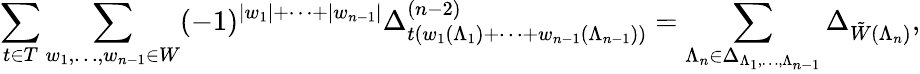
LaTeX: \sum_{t\in T}\sum_{w_{1},\ldots,w_{n-1}\in W}(-1)^{|w_{1}|+\cdots+|w_{n-1}|}\Delta_{t(w_{1}(\Lambda_{1})+\cdots+w_{n-1}(\Lambda_{n-1}))}^{(n-2)}=\sum_{\Lambda_{n}\in\Delta_{\Lambda_{1},\ldots,\Lambda_{n-1}}}\Delta_{\tilde{W}(\Lambda_{n})},